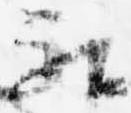
被